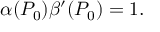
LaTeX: \alpha ( P _ { 0 } ) \beta ^ { \prime } ( P _ { 0 } ) = 1 .